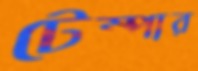
টেম্পার